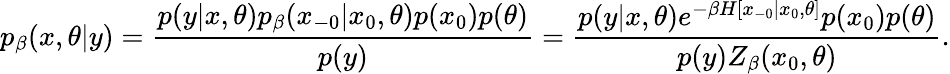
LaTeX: p_{\beta}(x,\theta|y)=\frac{p(y|x,\theta)p_{\beta}(x_{-0}|x_{0},\theta)p(x_{0})p(\theta)}{p(y)}=\frac{p(y|x,\theta)e^{-\beta H[x_{-0}|x_{0},\theta]}p(x_{0})p(\theta)}{p(y)Z_{\beta}(x_{0},\theta)}.